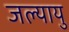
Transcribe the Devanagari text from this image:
जल्यायु